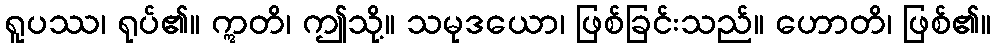
ရူပဿ၊ ရုပ်၏။ ဣတိ၊ ဤသို့။ သမုဒယော၊ ဖြစ်ခြင်းသည်။ ဟောတိ၊ ဖြစ်၏။